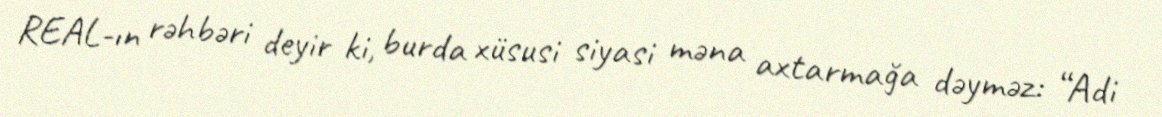
REAL-ın rəhbəri deyir ki, burda xüsusi siyasi məna axtarmağa dəyməz: “Adi